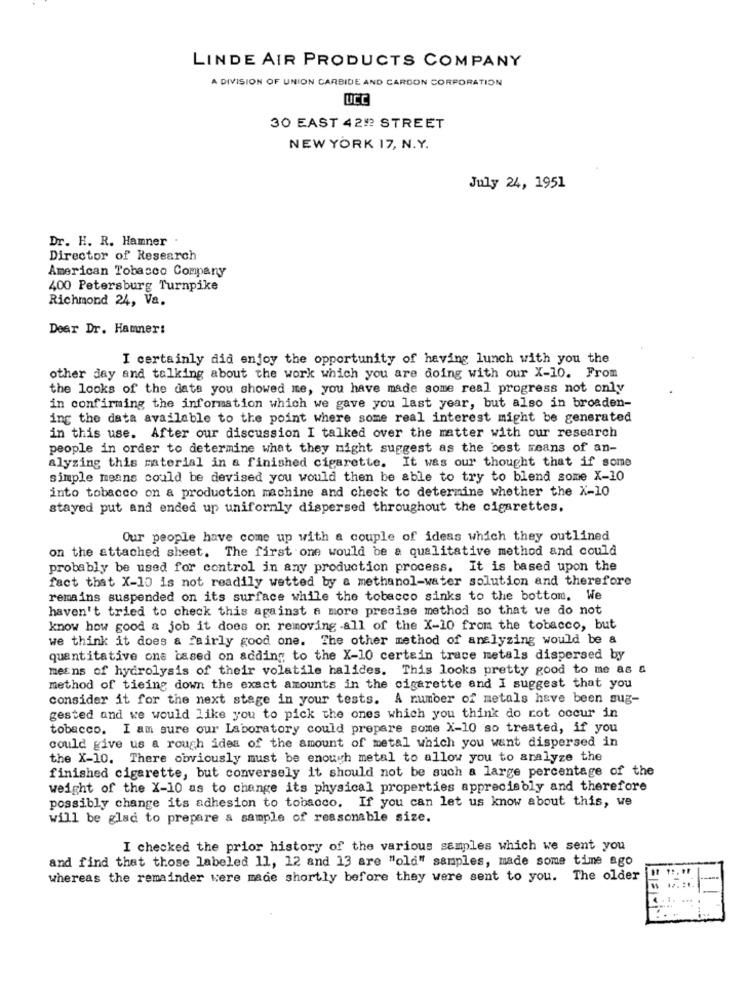
LINDE AIR PRODUCTS COMPANY
A DIVISION OF UNION CARBIDE AND CARDON CORPORATION
UCC
30 EAST 42! STREET
NEW YORK 17, N.Y.
July 24, 1951
Dr. H. R. Hamner
Director of Research
American Tobacco Company
400 Petersburg Turnpike
Richmond 24, Va.
Dear Dr. Hammer:
I certainly did enjoy the opportunity of having lunch with you the
other day and talking about the work which you are doing with our X-10. From
the looks of the data you showed me, you have made some real progress not only
in confirming the information which we gave you last year, but also in broaden-
ing the data available to the point where some real interest might be generated
in this use. After our discussion I talked over the matter with our research
people in order to determine what they might suggest as the best means of an-
alyzing this material in a finished cigarette. It was our thought that if some
simple means could be devised you would then be able to try to blend some X-10
into tobacco on a production machine and check to determine whether the X-10
stayed put and ended up uniformly dispersed throughout the cigarettes,
Our people have come up with a couple of ideas which they outlined
on the attached sheet. The first one would be a qualitative method and could
probably be used for control in any production process. It is based upon the
fact that X-10 is not readily wetted by a methanol-water solution and therefore
remains suspended on its surface while the tobacco sinks to the bottom. We
haven't tried to check this against a more precise method so that we do not
know how good a job it does or. removing .all of the X-10 from the tobacco, but
we think it does a fairly good one. The other method of analyzing would be a
quantitative ons based on adding to the X-10 certain trace metals dispersed by
means of hydrolysis of their volatile halides. This looks pretty good to me as a
method of tieing down the exact amounts in the cigarette and I suggest that you
consider it for the next stage in your tests. A number of metals have been sug-
gested and we would like you to pick the ones which you think do not occur in
tobacco. I am sure our Laboratory could prepare some X-10 so treated, if you
could give us a rough idea of the amount of metal which you want dispersed in
the X-10. There obviously must be enough metal to allow you to analyze the
finished cigarette, but conversely it should not be such a large percentage of the
weight of the X-10 as to change its physical properties apprecisbly and therefore
possibly change its adhesion to tobacco. If you can let us know about this, we
will be glad to prepare & sample of reasonable size.
I checked the prior history of the various samples which we sent you
and find that those labeled 11, 12 and 13 are "old" samples, made some time ago
whereas the remainder were made shortly before they were sent to you. The older